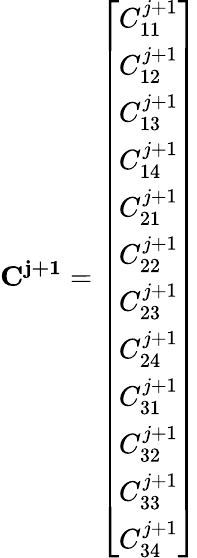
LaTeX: \mathbf{C^{j+1}}={\left[\begin{array}{l}{C_{11}^{j+1}}\\ {C_{12}^{j+1}}\\ {C_{13}^{j+1}}\\ {C_{14}^{j+1}}\\ {C_{21}^{j+1}}\\ {C_{22}^{j+1}}\\ {C_{23}^{j+1}}\\ {C_{24}^{j+1}}\\ {C_{31}^{j+1}}\\ {C_{32}^{j+1}}\\ {C_{33}^{j+1}}\\ {C_{34}^{j+1}}\end{array}\right]}